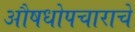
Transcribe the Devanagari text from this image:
औषधोपचाराचे